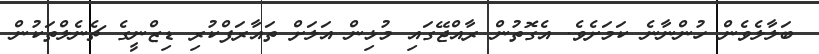
ބަލާލެވެން ހުންނާނެ ކަމަށެވެ. އެގޮތުން ރާއްޖޭގައި މުޅިން އަލަށް ތައާރަފްކުރި ޑިޒްނީގެ ޗެނެލްތަކުން